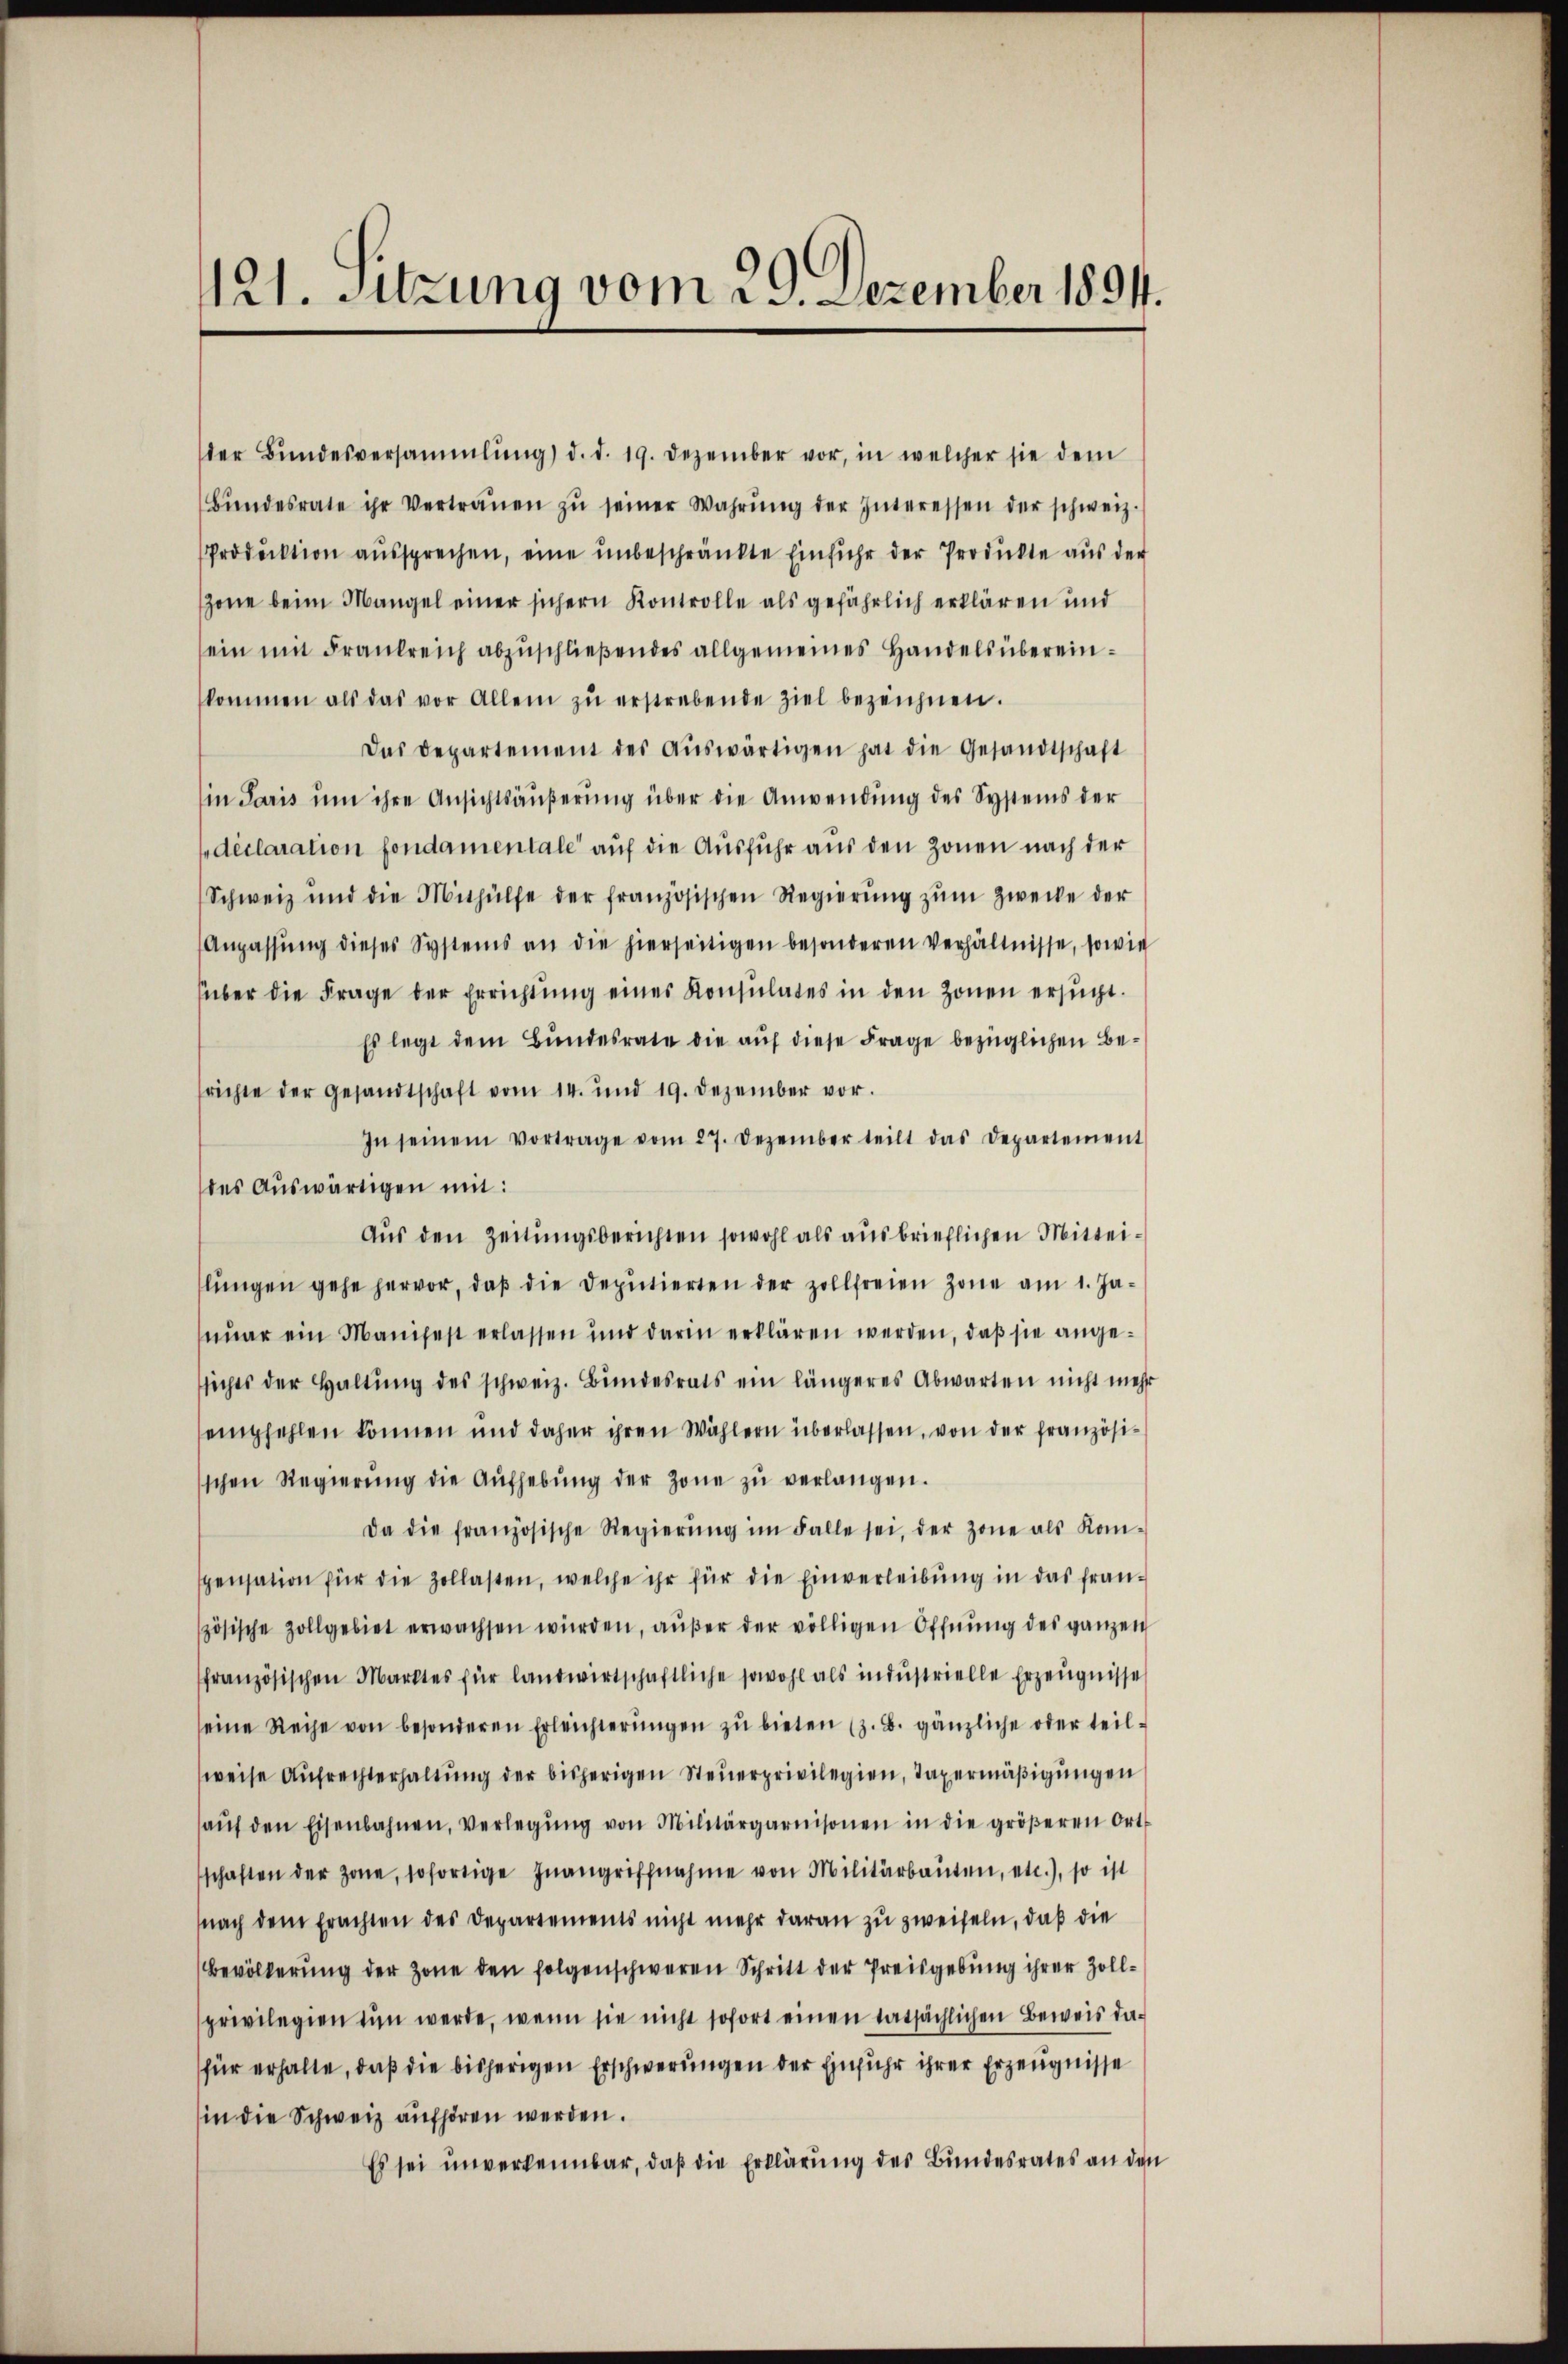
121. Sitzung vom 29. Dezember 1894.

der Bŭndesversammlung) d. d. 19. Dezember vor, in welcher sie dem
Bŭndesrate ihr Vertrauen zŭ seiner Wahrŭng der Interessen der schweiz.
Produktion aŭssprechen, eine ŭnbeschränkte Einfuhr der Produkte aus der
Zone beim Mangel einer sichern Kontrolle als gefährlich erklären und
sein mit Frankreich abzuschließendes allgemeines Handels übereinkommen als das vor Allem zŭ erstrebende Ziel bezeichnen.
Das Departement des aŭswärtigen hat die Gesandtschaft
in Paris ŭm ihre Ansichtsäŭβerŭng über die Anwendung des Systems der
déclaration fondamentale auf die Ausfuhr aus den Zonen nach der
Schweiz und die Mithülfe der französischen Regierŭng zŭm Zwecke der
Anpassŭng dieses Systems an die hierseitigen besonderen Verhältnisse, sowie
über die Frage der Errichtung eines Konsulates in den Zonen ersucht.
Es legt dem Bundesrate die auf diese Frage bezüglichen Berichte der Gesandtschaft vom 14. und 19. Dezember vor.
In seinem Vortrage vom 27. Dezember teilt das Departement
des Auswärtigen mit:
Aus den Zeitungsberichten sowohl als ausbrieflichen Mitteilŭngen gehe hervor, daβ die Deputierten der zollfreien Zone am 1. Ja-
nuar ein Manifest erlassen und darin erklären werden, daß sie angesichts der Haltŭng des schweiz. Bŭndesrats ein längeres Abwarten nicht mehr
sempfehlen können und daher ihren Wählern überlassen, von der französischen Regierŭng die Aŭfhebŭng der Zone zŭ verlangen.
Da die französische Regierŭng im Falle sei, der Zone als Kom-
spensation für die Zollasten, welche ihr für die Einverleibung in das französische Zollgebiet erwachsen würden, aŭβer der völligen Offnŭng des ganzen
französischen Marktes für landwirtschaftliche sowohl als indŭstrielle Erzeŭgnisse
seine Reihe von besonderen Erleichterŭngen zŭ bieten (z. B. gänzliche oder teil-
weise Aufrechterhaltung der bisherigen Steuerprivilegien, Taxermäßigungen
aŭf den Eisenbahnen, verlegŭng von Militärgarnisonen in die gröβeren Ort-
schaften der Jone, sofortige Inangriffnahme von Militärbauten, etc.), so ist
nach dem Erachten des Departements nicht mehr daran zu zweifeln, daß die
Bevölkerung der Zone den folgenschweren Schritt der Preisgebung ihrer Zollprivilegien tun werde, wenn sie nicht sofort einen tatsächlichen Beweis dafür erhalte, daß die bisherigen Erschwerungen der Einfuhr ihrer Erzeugnisse
in die Schweiz aufhören werden.
Es sei unverkennbar, daß die Erklärung des Bundesrates an den